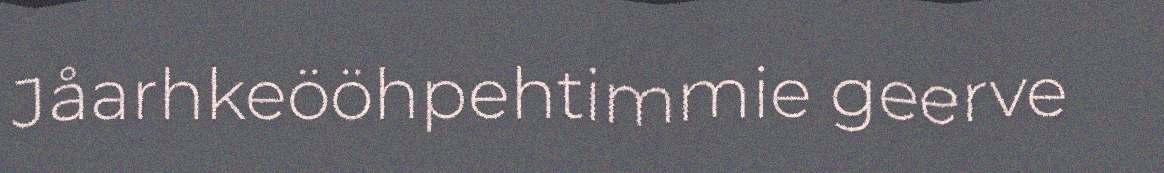
Jåarhkeööhpehtimmie geerve